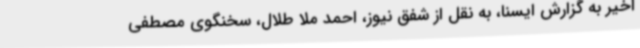
اخیر به گزارش ایسنا، به نقل از شفق نیوز، احمد ملا طلال، سخنگوی مصطفی